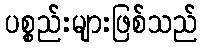
ပစ္စည်းများဖြစ်သည်